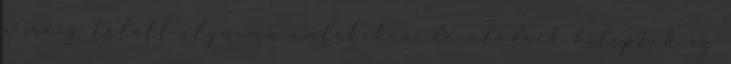
a maig talált ilynemű emlékeken; de utódaik kiléptek az